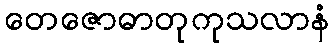
တေဇောဓာတုကုသလာနံ